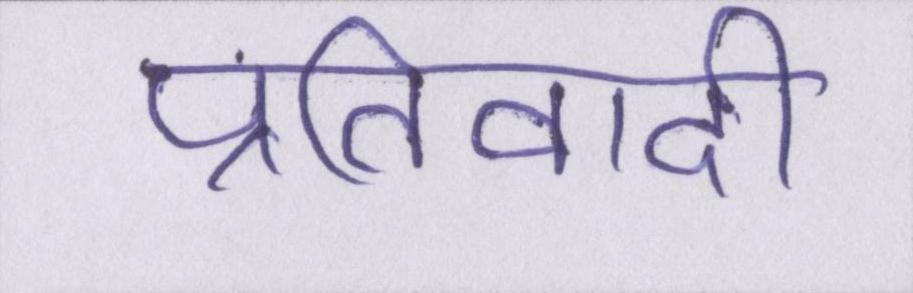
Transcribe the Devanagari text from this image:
प्रतिवादी